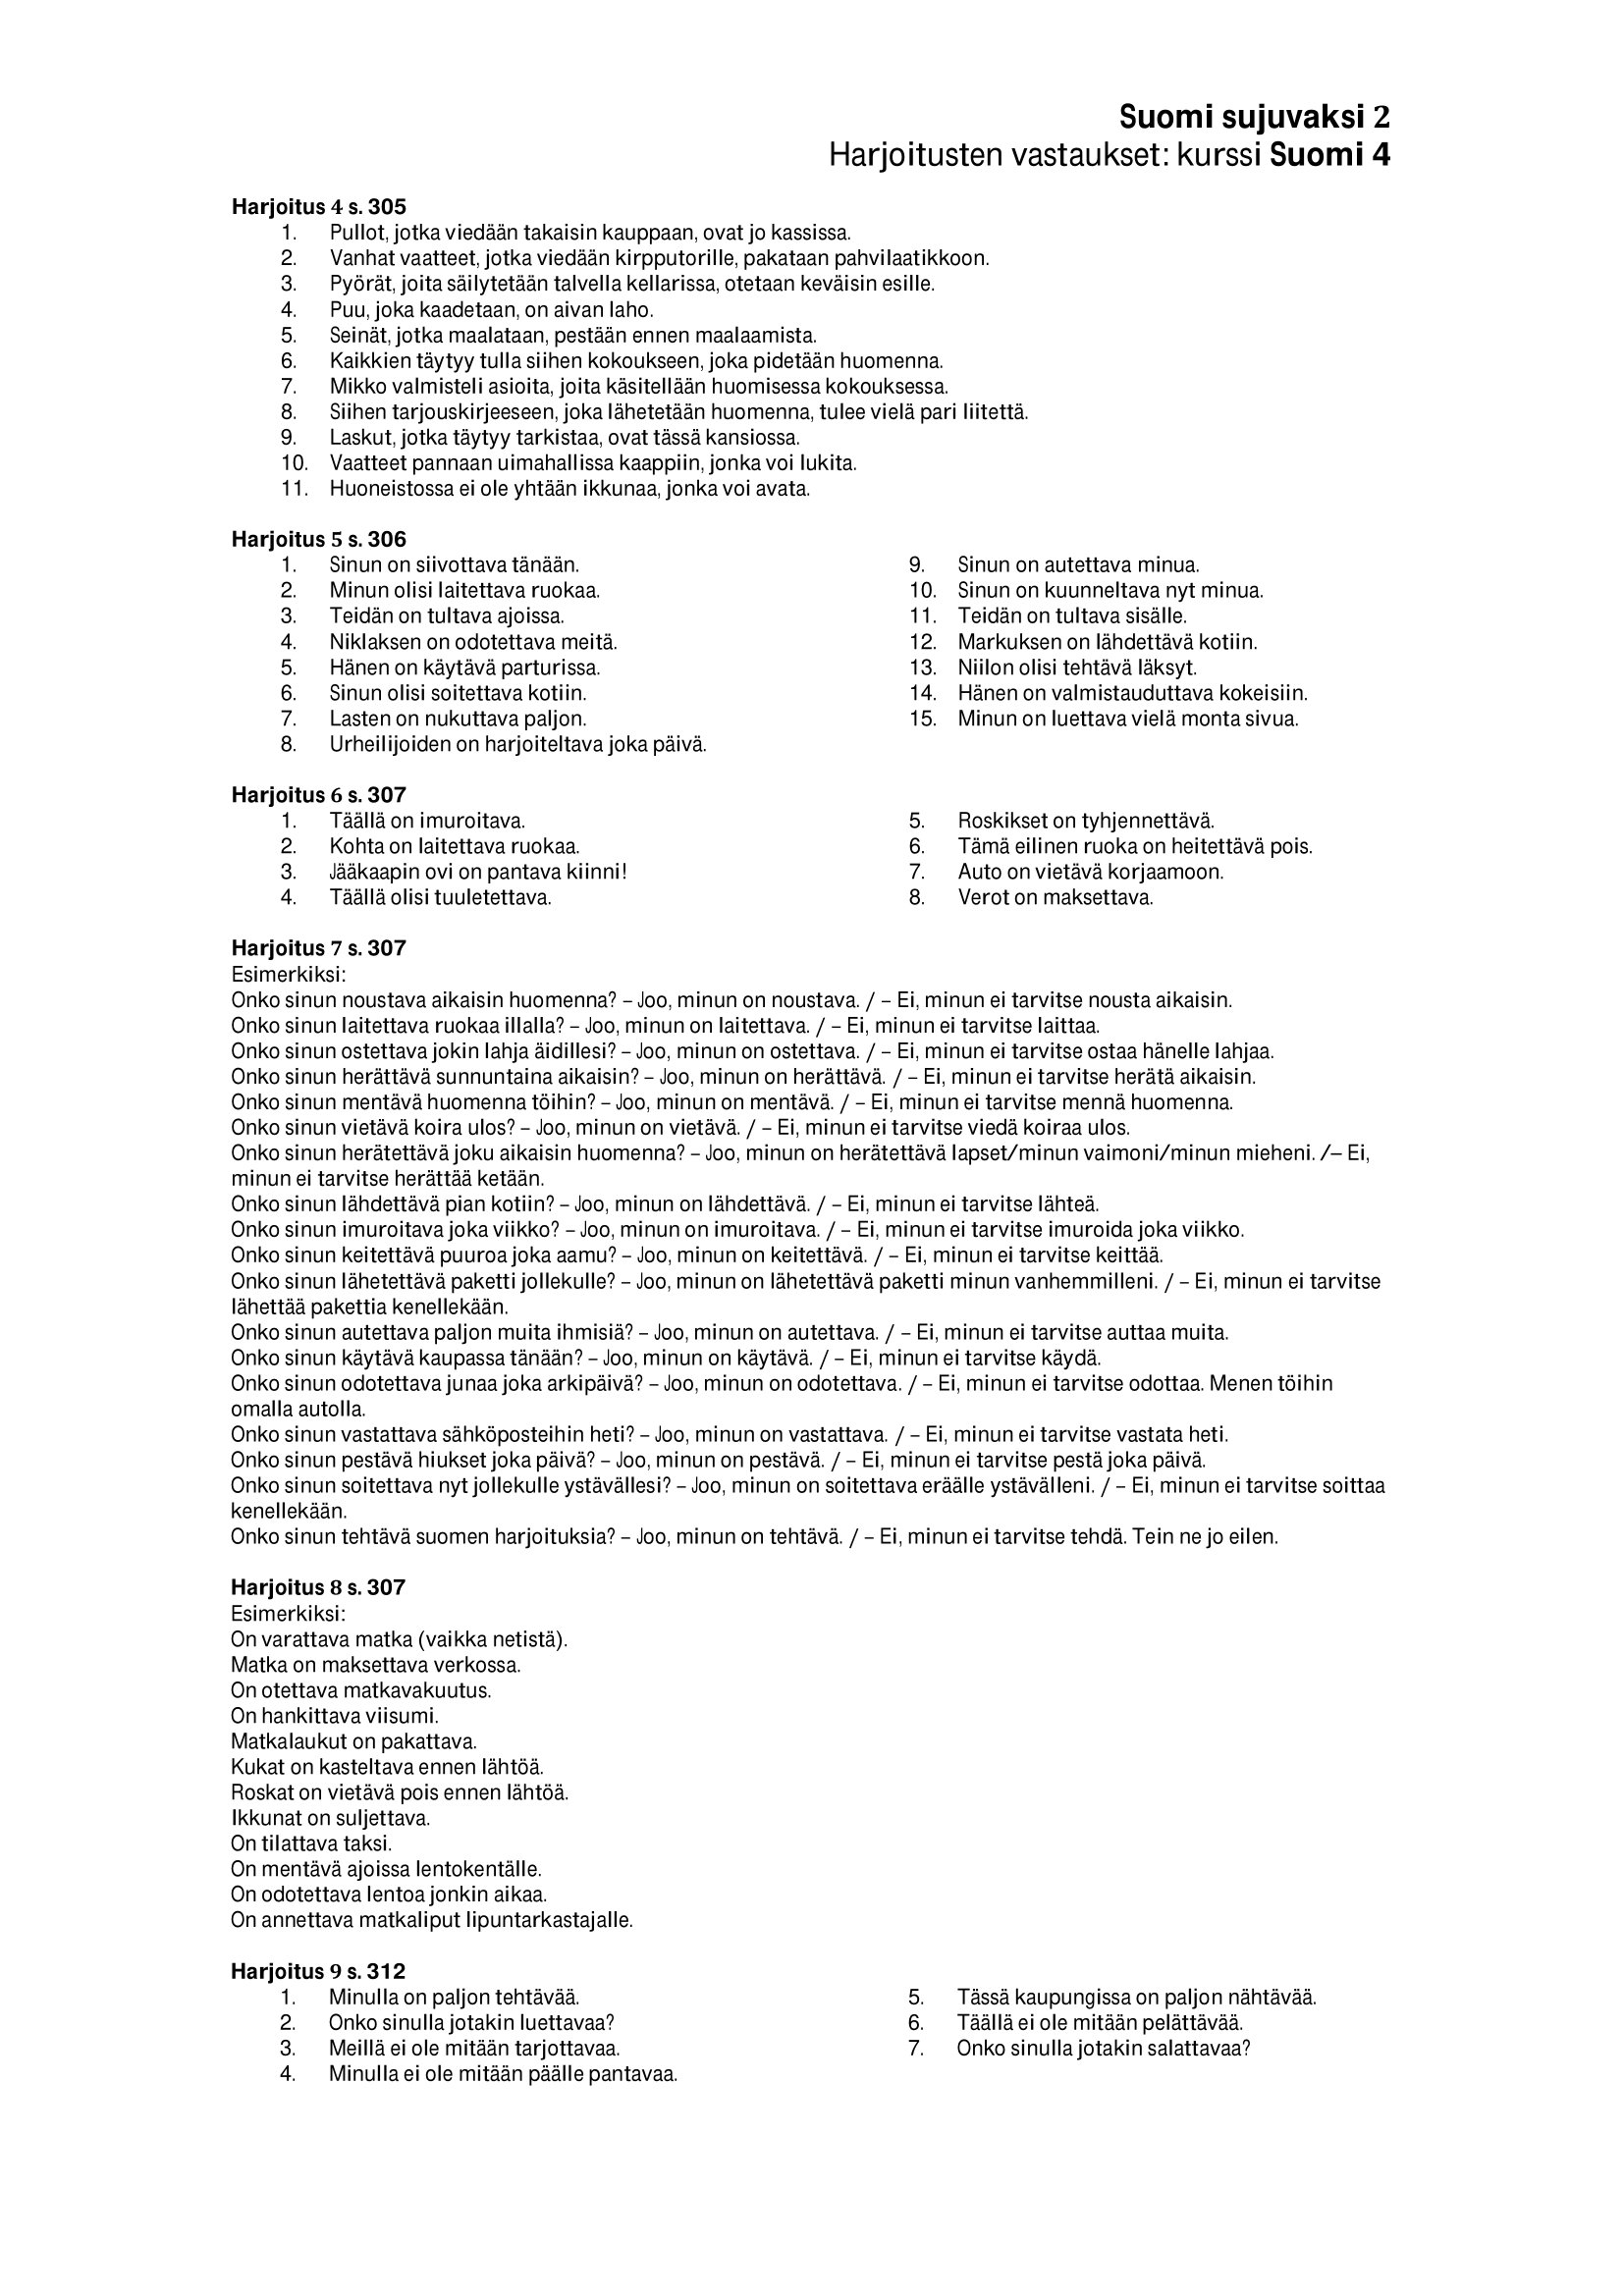
Language: fn